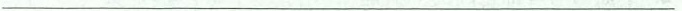
___